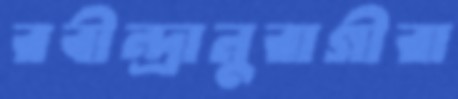
রবীন্দ্রানুরাগীরা